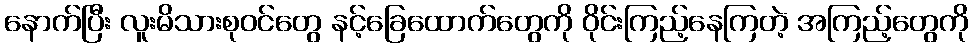
နောက်ပြီး လူးမိသားစုဝင်တွေ နင့်ခြေထောက်တွေကို ဝိုင်းကြည့်နေကြတဲ့ အကြည့်တွေကို